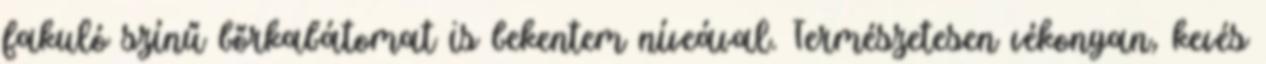
fakuló színű bőrkabátomat is bekentem níveával. Természetesen vékonyan, kevés